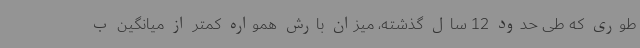
طوری که طی حدود 12 سال گذشته، میزان بارش همواره کمتر از میانگین ب